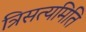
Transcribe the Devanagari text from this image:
त्रिसत्यमिति